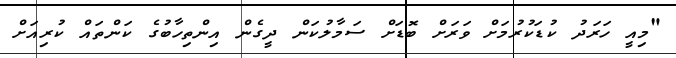
"މިއީ ހަރަދު ކުޑަކުރުމަށް ވަރަށް ބޮޑަށް ސަމާލުކަން ދީގެން އިންތިހާބުގެ ކަންތައް ކުރިއަށް